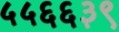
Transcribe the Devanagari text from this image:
५५६६३९